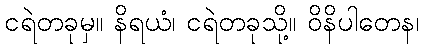
ငရဲတခုမှ။ နိရယံ၊ ငရဲတခုသို့။ ဝိနိပါတေန၊